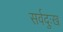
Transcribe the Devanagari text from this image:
सर्वदुःख